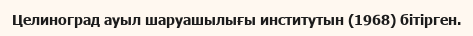
Целиноград ауыл шаруашылығы институтын (1968) бітірген.